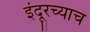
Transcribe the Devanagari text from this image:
इंदूरच्याच